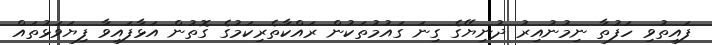
ފައިތުވި ހަފުތާ ނިމުނުއިރު ދުނިޔޭގެ ގިނަ ގައުމުތަކުން ރައްކާތެރިކަމުގެ ގޮތުން އަޅާފައިވާ ފިޔަވަޅުތައް